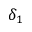
\delta _ { 1 }